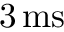
3 \, \mathrm { m s }